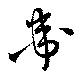
衛